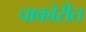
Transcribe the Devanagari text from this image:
चाकोरीत